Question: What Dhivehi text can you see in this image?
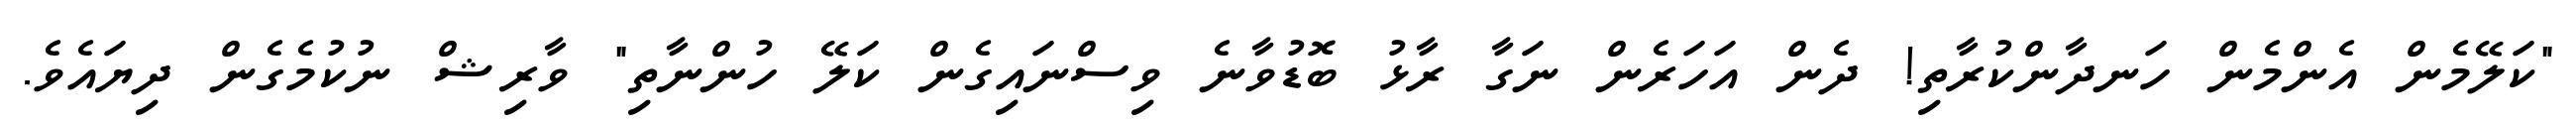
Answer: "ކަލޭމެން އެންމެން ހަނދާންކުރާތި! ދެން އަހަރެން ނަގާ ރާޅު ބޮޑުވާނެ ވިސްނައިގެން ކަލޭ ހުންނާތި" ވާރިޝް ނުކުމެގެން ދިޔައެވެ.